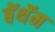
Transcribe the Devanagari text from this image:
बेंथॅम